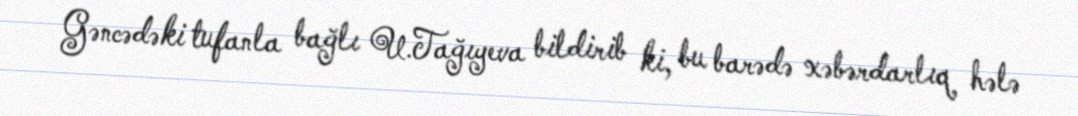
Gəncədəki tufanla bağlı U.Tağıyeva bildirib ki, bu barədə xəbərdarlıq hələ